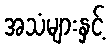
အသံများနှင့်